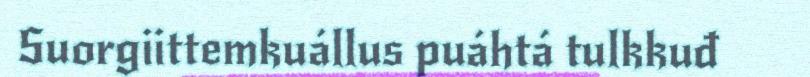
Suorgiittemkuállus puáhtá tulkkuđ